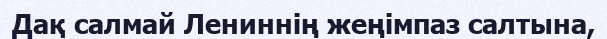
Дақ салмай Лениннің жеңімпаз салтына,